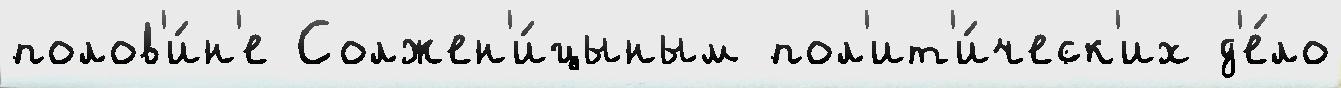
полов'и́н'е Солжен'и́цыным пол'ит'и́ческ'их д'е́ло